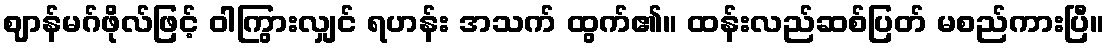
ဈာန်မဂ်ဖိုလ်ဖြင့် ဝါကြွားလျှင် ရဟန်း အသက် ထွက်၏။ ထန်းလည်ဆစ်ပြတ် မစည်ကားပြီ။